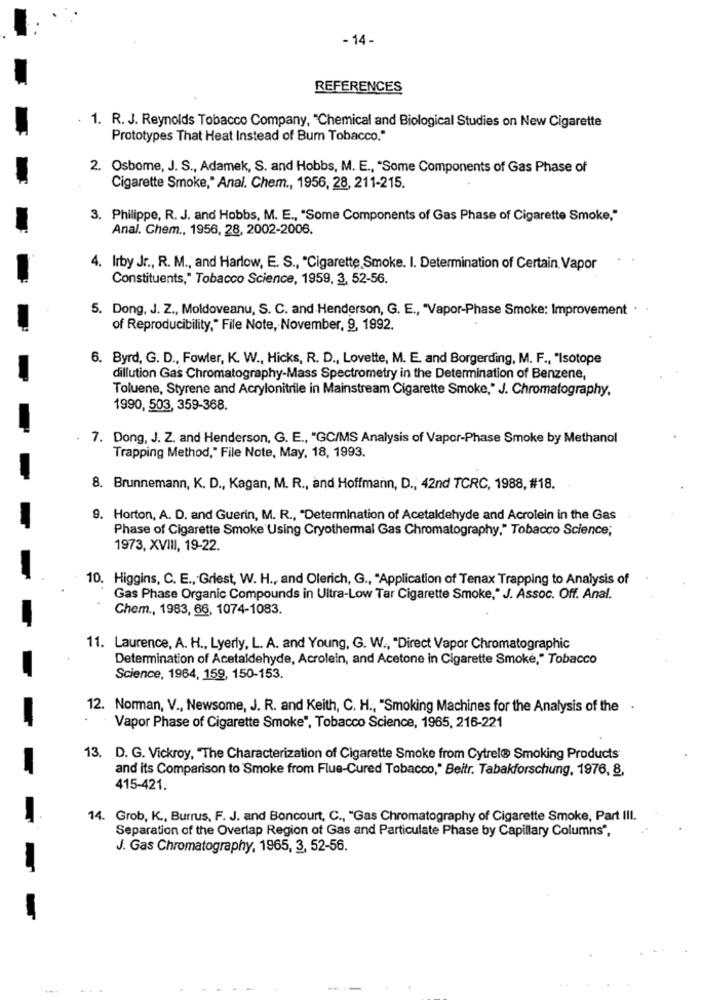
- 14-
REFERENCES
1. R. J. Reynolds Tobacco Company, "Chemical and Biological Studies on New Cigarette
Prototypes That Heat Instead of Bum Tobacco."
2. Osbome, J. S ., Adamek, S. and Hobbs, M. E ., "Some Components of Gas Phase of
Cigarette Smoke," Anal. Chem ., 1956, 28, 211-215.
3. Philippe, R. J. and Hobbs, M. E ., "Some Components of Gas Phase of Cigarette Smoke,"
Anal. Chem ., 1956, 28, 2002-2006.
4. Irby Jr ., R. M ., and Harlow, E. S ., "Cigarette Smoke. I. Determination of Certain Vapor
Constituents," Tobacco Science, 1959, 3, 52-56.
5. Dong, J. Z ., Moldoveanu, S. C. and Henderson, G. E ., "Vapor-Phase Smoke: Improvement . .
of Reproducibility," File Note, November, 9, 1992.
6. Byrd, G. D ., Fowler, K. W ., Hicks, R. D ., Lovette, M. E. and Borgerding, M. F ., "Isotope
dillution Gas Chromatography-Mass Spectrometry in the Determination of Benzene,
Toluene, Styrene and Acrylonitrile in Mainstream Cigarette Smoke," J. Chromatography.
1990, 503, 359-368.
. 7. Dong, J. Z. and Henderson, G. E ., "GC/MS Analysis of Vapor-Phase Smoke by Methanol
Trapping Method," File Note, May, 18, 1993.
8. Brunnemann, K. D ., Kagan, M. R ., and Hoffmann, D ., 42nd TCRC, 1988, #18.
9. Horton, A. D. and Guerin, M. R ., "Determination of Acetaldehyde and Acrolein in the Gas
Phase of Cigarette Smoke'Using Cryothermal Gas Chromatography." Tobacco Science;
1973, XVIII, 19-22.
10. Higgins, C. E ., Griest, W. H ., and Olerich, G ., "Application of Tenax Trapping to Analysis of
Gas Phase Organic Compounds in Ultra-Low Tar Cigarette Smoke," J. Assoc. Off. Anal.
Chem ., 1983, 66, 1074-1083.
11. Laurence, A. H ., Lyerly, L. A. and Young, G. W ., "Direct Vapor Chromatographic
Determination of Acetaldehyde, Acrolein, and Acetone in Cigarette Smoke," Tobacco
Science, 1964, 159, 150-153.
12. Norman, V ., Newsome, J. R. and Keith, C. H ., "Smoking Machines for the Analysis of the .
Vapor Phase of Cigarette Smoke", Tobacco Science, 1965, 216-221
13. D. G. Vickroy, "The Characterization of Cigarette Smoke from Cytrel® Smoking Products'
and its Comparison to Smoke from Flue-Cured Tobacco," Beitr. Tabakforschung, 1976, 8,
415-421.
14. Grob, K ., Burrus, F. J. and Boncourt, C ., "Gas Chromatography of Cigarette Smoke, Part III.
Separation of the Overlap Region of Gas and Particulate Phase by Capillary Columns",
J. Gas Chromatography, 1965, 3, 52-56.